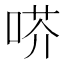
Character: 𠶋